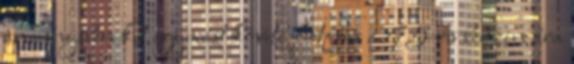
amennyiben két egymást követő hétfőn a 95-ös benzin ára